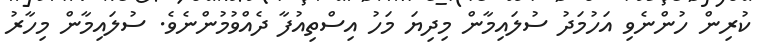
ކުރިން ހުންނެވި އަހުމަދު ސުލައިމާން މިދިޔަ މަހު އިސްތިއުފާ ދެއްވުމުންނެވެ. ސުލައިމާން މިހާރު